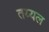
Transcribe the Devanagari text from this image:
तय्यल